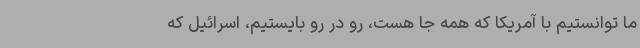
ما توانستیم با آمریکا که همه جا هست، رو در رو بایستیم، اسرائیل که